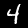
Digit: 4